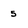
Character: 5